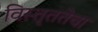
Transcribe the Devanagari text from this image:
विस्तृततेचा